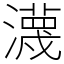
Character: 瀎